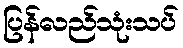
ပြန်လည်သုံးသပ်